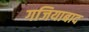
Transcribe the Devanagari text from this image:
गजियाबाद